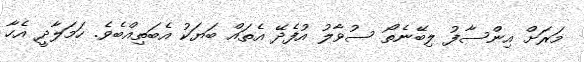
މަރަށް އިންސާފު ލިބޭނެތޯ ސުވާލު އުފެދޭ އެތައް ބަޔަކު އެބަތިއްބެވެ. ހަމަލާދީ އެހާ